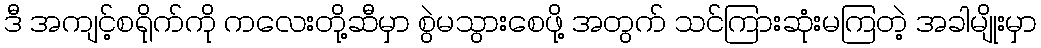
ဒီ အကျင့်စရိုက်ကို ကလေးတို့ဆီမှာ စွဲမသွားစေဖို့ အတွက် သင်ကြားဆုံးမကြတဲ့ အခါမျိုးမှာ